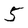
Character: 5